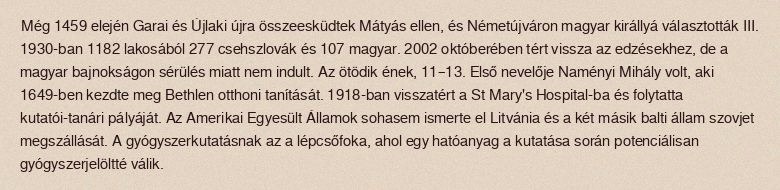
Még 1459 elején Garai és Újlaki újra összeesküdtek Mátyás ellen, és Németújváron magyar királlyá választották III. 1930-ban 1182 lakosából 277 csehszlovák és 107 magyar. 2002 októberében tért vissza az edzésekhez, de a magyar bajnokságon sérülés miatt nem indult. Az ötödik ének, 11–13. Első nevelője Naményi Mihály volt, aki 1649-ben kezdte meg Bethlen otthoni tanítását. 1918-ban visszatért a St Mary's Hospital-ba és folytatta kutatói-tanári pályáját. Az Amerikai Egyesült Államok sohasem ismerte el Litvánia és a két másik balti állam szovjet megszállását. A gyógyszerkutatásnak az a lépcsőfoka, ahol egy hatóanyag a kutatása során potenciálisan gyógyszerjelöltté válik.